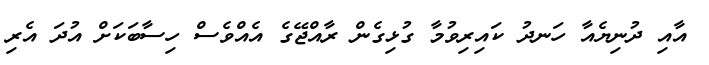
އާއި ދުނިޔެއާ ހަނދު ކައިރިވުމާ ގުޅިގެން ރާއްޖޭގެ އެއްވެސް ހިސާބަކަށް އުދަ އެރި